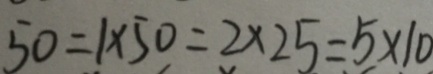
5 0 = 1 \times 5 0 = 2 \times 2 5 = 5 \times 1 0